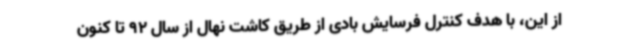
از این، با هدف کنترل فرسایش بادی از طریق کاشت نهال از سال 92 تا کنون